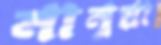
নানুয়া